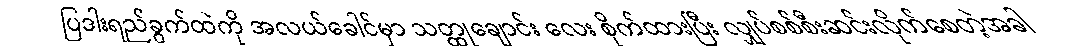
ပြဒါးရည်ခွက်ထဲကို အလယ်ခေါင်မှာ သတ္ထုချောင်း လေး စိုက်ထားပြီး လျှပ်စစ်စီးဆင်းလိုက်စေတဲ့အခါ